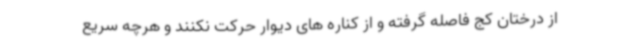
از درختان کج فاصله گرفته و از کناره های دیوار حرکت نکنند و هرچه سریع